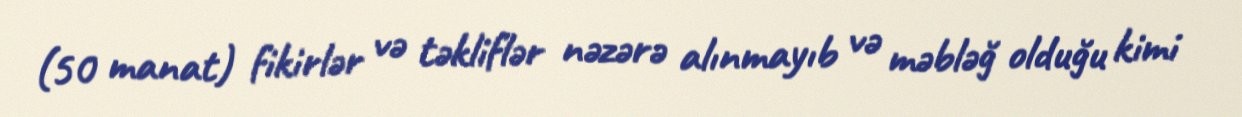
(50 manat) fikirlər və təkliflər nəzərə alınmayıb və məbləğ olduğu kimi